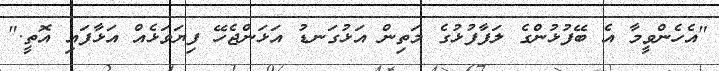
"އެހެންވީމާ އެ ބޭފުޅުންގެ ލަފާފުޅުގެ މަތިން އަޅުގަނޑު އަޅަންޖެހޭ ފިޔަވަޅެއް އަޅާފައި އޮތީ."